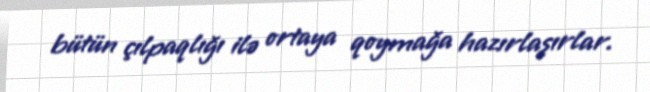
bütün çılpaqlığı ilə ortaya qoymağa hazırlaşırlar.